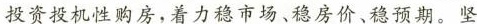
投资投机性购房，着力稳市场、稳房价、稳预期。坚